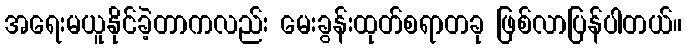
အရေးမယူနိုင်ခဲ့တာကလည်း မေးခွန်းထုတ်စရာတခု ဖြစ်လာပြန်ပါတယ်။